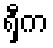
ရှီက